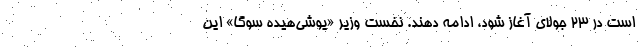
است در ۲۳ جولای آغاز شود، ادامه دهند. نخست وزیر «یوشی‌هیده سوگا» این